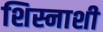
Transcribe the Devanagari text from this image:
शिस्नाशी